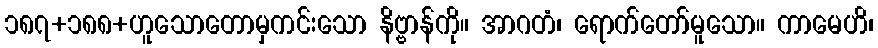
၁၈၇+၁၈၈+ဟူသောတောမှကင်းသော နိဗ္ဗာန်ကို။ အာဂတံ၊ ရောက်တော်မူသော။ ကာမေဟိ၊